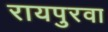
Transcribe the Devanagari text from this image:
रायपुरवा